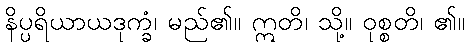
နိပ္ပရိယာယဒုက္ခံ၊ မည်၏။ ဣတိ၊ သို့။ ဝုစ္စတိ၊ ၏။